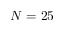
N = 2 5